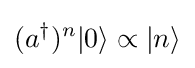
(a^{\dagger })^{n}|0\rangle \propto |n\rangle